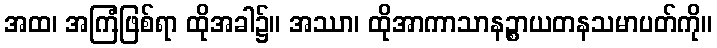
အထ၊ အကြံဖြစ်ရာ ထိုအခါ၌။ အဿာ၊ ထိုအာကာသာနဉ္စာယတနသမာပတ်ကို။